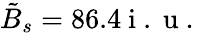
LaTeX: \tilde{B}_{s}=86.4\mathrm{~i~.~u~.~}